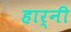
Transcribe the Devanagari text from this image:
हार्नी